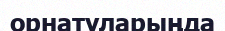
орнатуларыңда